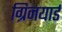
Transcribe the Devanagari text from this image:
ग्रिनयार्ड